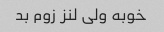
خوبه ولی لنز زوم بد